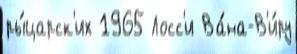
ры́царск'их 1965 Лосс'и Ва́на-В'и́ру